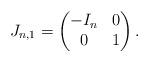
LaTeX: \begin{align*} J_{n,1} = \begin{pmatrix} -I_n & 0 \\ 0 & 1 \end{pmatrix}.\end{align*}